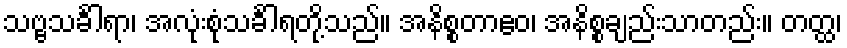
သဗ္ဗသင်္ခါရာ၊ အလုံးစုံသင်္ခါရတို့သည်။ အနိစ္စတာဧဝ၊ အနိစ္စချည်းသာတည်း။ တတ္ထ၊